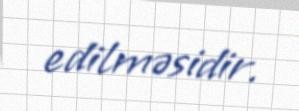
edilməsidir.